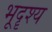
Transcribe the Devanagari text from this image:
भूदॄश्य